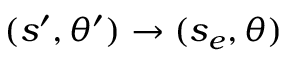
( s ^ { \prime } , \theta ^ { \prime } ) \to ( s _ { e } , \theta )